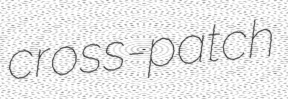
cross-patch